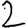
Digit: 2